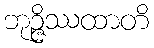
ဘုဉ္ဇိဿထာတိ